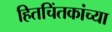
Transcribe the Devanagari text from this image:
हितचिंतकांच्या